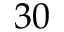
3 0